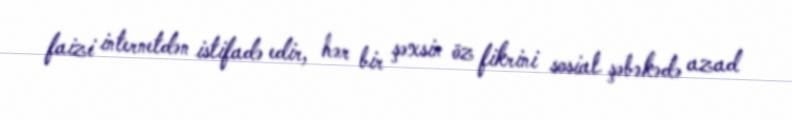
faizi internetdən istifadə edir, hər bir şəxsin öz fikrini sosial şəbəkədə azad